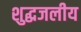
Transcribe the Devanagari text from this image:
शुद्धजलीय